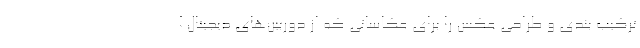
ترکیب بندی و طراحی عکس را برای عکاسانی که از دوربین‌های دیجیتال ا